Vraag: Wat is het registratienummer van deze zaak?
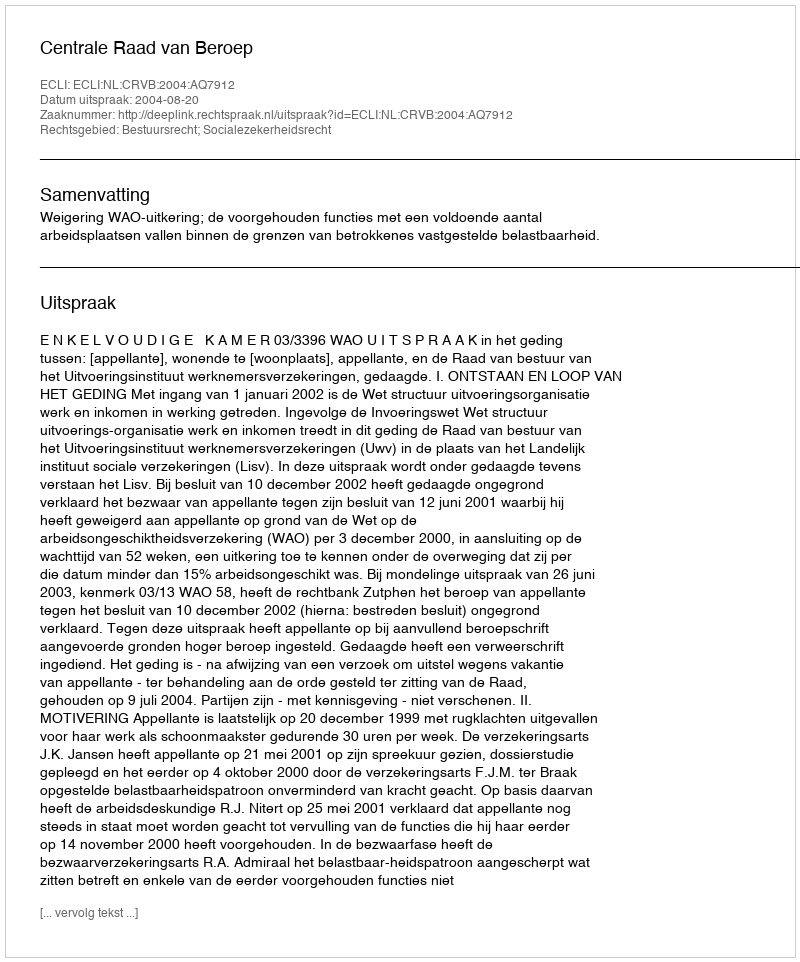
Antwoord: http://deeplink.rechtspraak.nl/uitspraak?id=ECLI:NL:CRVB:2004:AQ7912